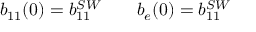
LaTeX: b _ { 1 1 } ( 0 ) = b _ { 1 1 } ^ { S W } \qquad b _ { e } ( 0 ) = b _ { 1 1 } ^ { S W }